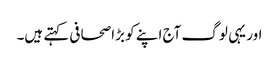
اور یہی لوگ آج اپنے کو بڑا صحافی کہتے ہیں۔